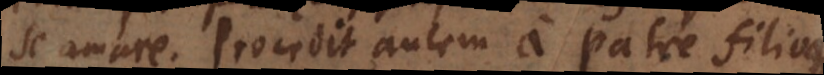
se amare. Procedit autem a Patre filio